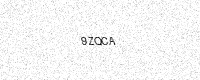
Text: 9ZQCA